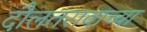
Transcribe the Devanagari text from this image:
दौलतरावाच्या